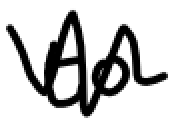
Text: to
Cross-out: zig-zag
Writing tool: digital_black